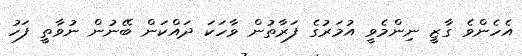
އެހެންވެ ގާޒީ ނިންމެވީ އުމަރުގެ ފަރާތުން ވާހަކަ ދައްކަން ބޭނުން ނުވާތީ ފަހު